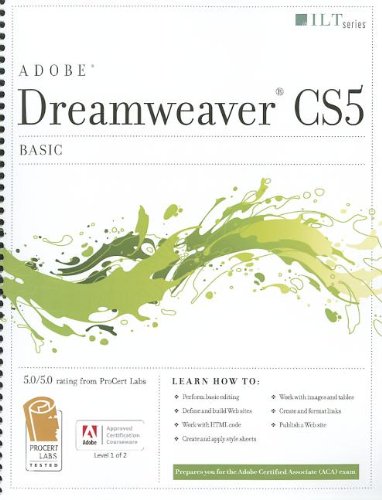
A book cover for Dreamweaver Cs5: Basic, Aca Edition + Certblaster (ILT); Computers & Technology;